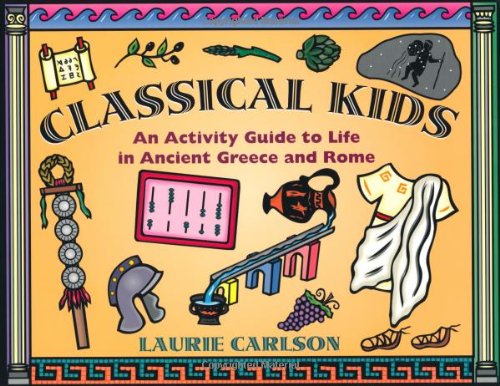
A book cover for Classical Kids: An Activity Guide to Life in Ancient Greece and Rome (Hands-On History); Laurie Carlson; Children's Books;